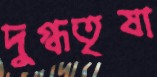
দুগ্ধতৃষা